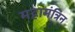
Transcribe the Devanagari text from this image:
महामंत्रिन्‌